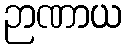
ဉာဏာယ